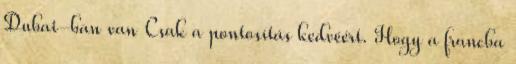
Dubai-ban van Csak a pontosítás kedvéért. Hogy a francba